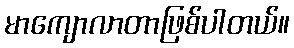
မာကျောလာတာဖြစ်ပါတယ်။